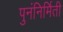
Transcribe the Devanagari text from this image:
पुनंनिर्मिती